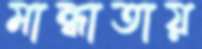
মান্ধাতায়